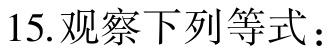
15.观察下列等式：